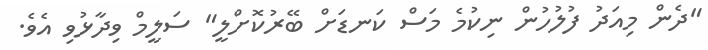
"ދެން މިއަދު ފުލުހުން ނިކުމެ މަސް ކަނޑަށް ބޭރުކޮށްލީ" ސަލީމް ވިދާޅުވި އެވެ.